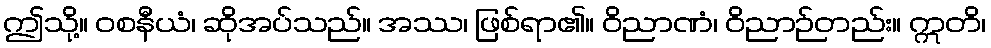
ဤသို့။ ဝစနီယံ၊ ဆိုအပ်သည်။ အဿ၊ ဖြစ်ရာ၏။ ဝိညာဏံ၊ ဝိညာဉ်တည်း။ ဣတိ၊